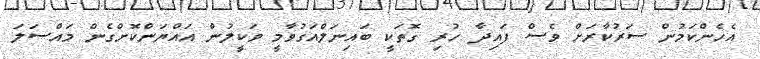
އެހެންކަމުން ސަރުކާރަށް ވެސް ފައިދާ ހުރި ގޮތަކީ ބައިނަލްއަގުވާމީ ވަކީލުން އައްޔަންކޮށްގެން މައްސަލަ